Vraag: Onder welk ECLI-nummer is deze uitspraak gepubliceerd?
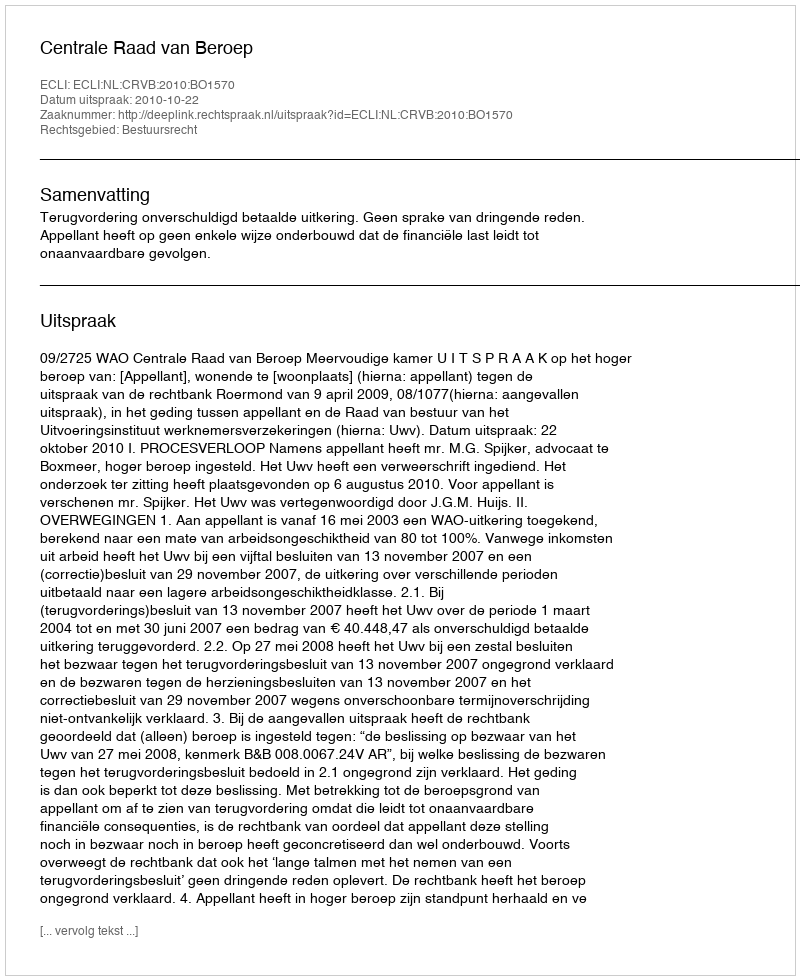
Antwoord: ECLI:NL:CRVB:2010:BO1570